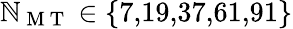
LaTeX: \mathbb{N}_{\mathrm{{~M~T~}}}\in\{ 7,\! 19,\! 37,\! 61,\! 91\}